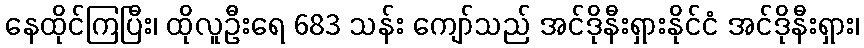
နေထိုင်ကြပြီး၊ ထိုလူဦးရေ 683 သန်း ကျော်သည် အင်ဒိုနီးရှားနိုင်ငံ အင်ဒိုနီးရှား၊